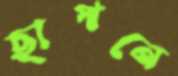
ছাপনে